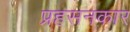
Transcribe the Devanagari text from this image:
प्रहसनकार